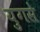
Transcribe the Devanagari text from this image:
युगसे